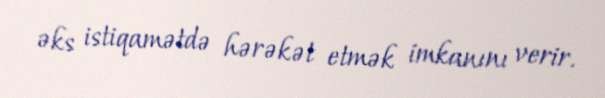
əks istiqamətdə hərəkət etmək imkanını verir.